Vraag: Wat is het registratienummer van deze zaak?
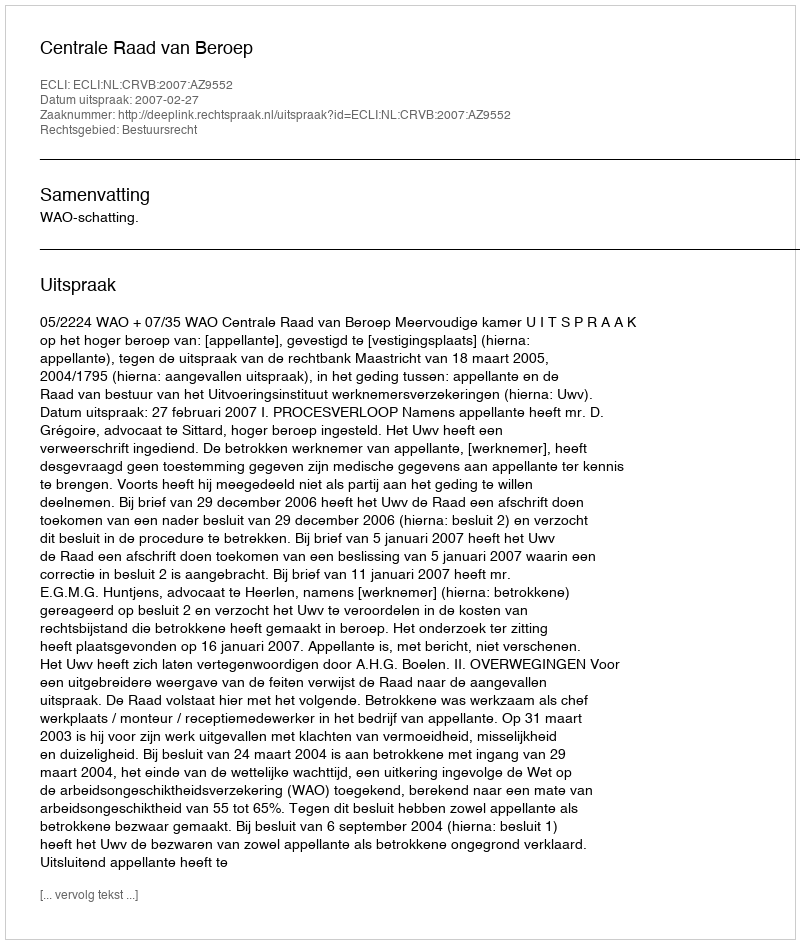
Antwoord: http://deeplink.rechtspraak.nl/uitspraak?id=ECLI:NL:CRVB:2007:AZ9552